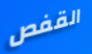
القفص